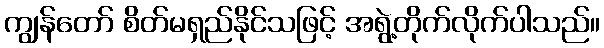
ကျွန်တော် စိတ်မရှည်နိုင်သဖြင့် အရွဲ့တိုက်လိုက်ပါသည်။